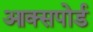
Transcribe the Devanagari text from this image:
आक्सपोर्ड